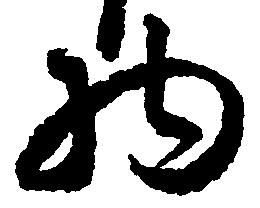
物